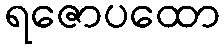
ရဇောပထော